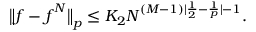
\begin{array} { r } { \big \| \boldsymbol { f } - \boldsymbol { f } ^ { N } \big \| _ { p } \leq K _ { 2 } N ^ { ( M - 1 ) | \frac { 1 } { 2 } - \frac { 1 } { p } | - 1 } . } \end{array}